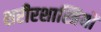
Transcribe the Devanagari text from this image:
शरीरशास्त्रियों